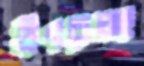
উৎরচ্ছ